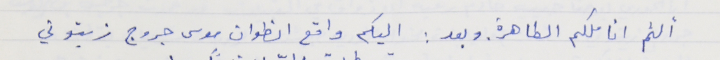
ألثم اناملكم الطاهرة. وبعد : اليكم واقع انطوان موسى جروج زيتوني